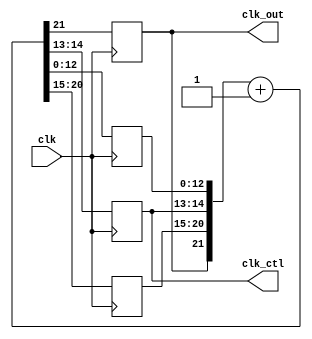
`timescale 1ns / 1ps
//////////////////////////////////////////////////////////////////////////////////
// Company: 
// Engineer: 
// 
// Design Name: 
// Module Name: freqdiv27
// Project Name: 
// Target Devices: 
// Tool Versions: 
// Description: 
// 
// Dependencies: 
// 
// Revision:
// Revision 0.01 - File Created
// Additional Comments:
// 
//////////////////////////////////////////////////////////////////////////////////
`define FREQ_DIV_BIT 22

module freqdiv27(
    clk_out, //divided clk output
    clk_ctl,//ssd
    clk
    );
    output clk_out;
    output [1:0]clk_ctl;
    input clk;
   
    
    reg clk_out;
    reg [1:0]clk_ctl;
    reg [12:0]clk_l;
    reg [5:0]clk_h;
    reg [`FREQ_DIV_BIT-1:0]cnt_tmp;
    //combinational
    always@*
        cnt_tmp = {clk_out, clk_h, clk_ctl, clk_l} + 1'b1;
    //sequential
    always@(posedge clk)
        {clk_out, clk_h, clk_ctl, clk_l} <= cnt_tmp;
endmodule